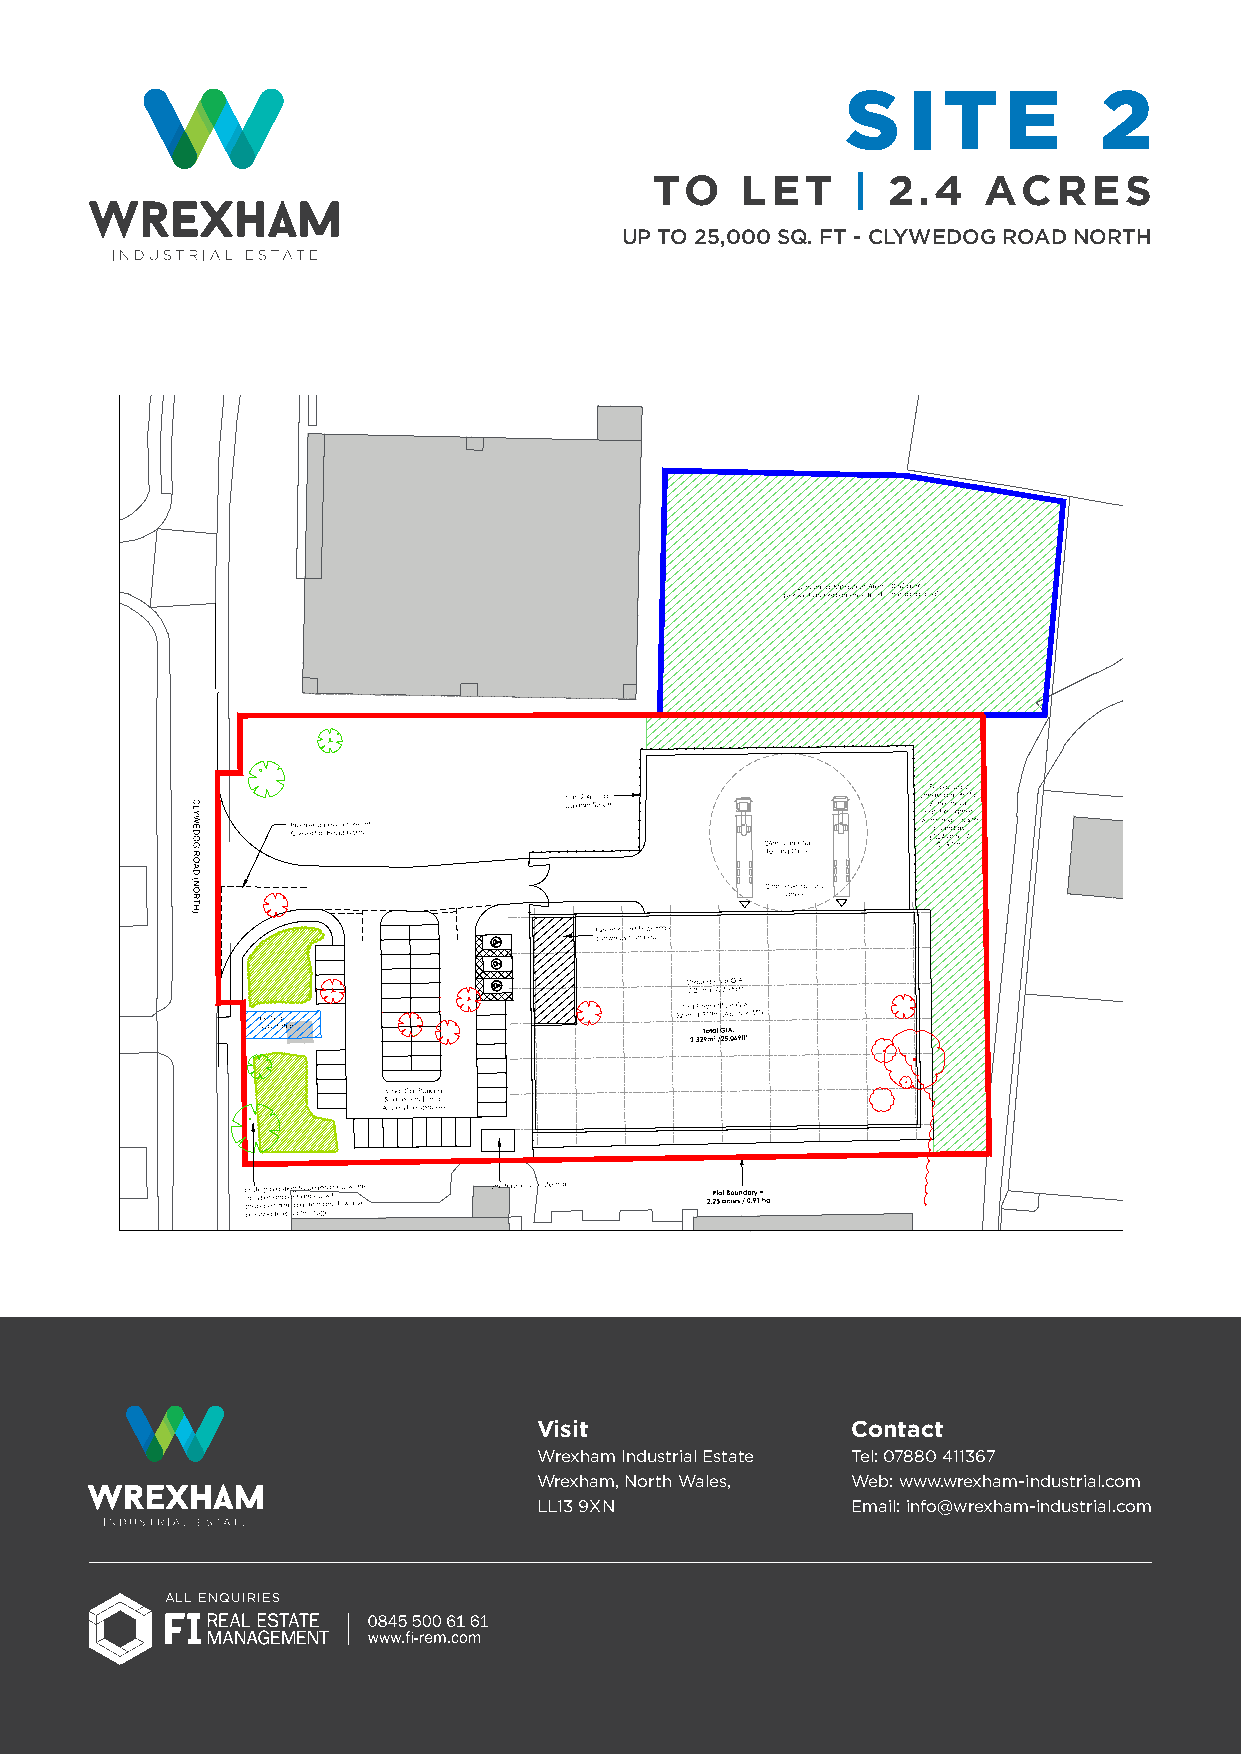
S   I T   E      2
 TO    LET    |  2.4   ACRES
 UP TO 25,000 SQ. FT - CLYWEDOG ROAD NORTH
 NOTES
 All dimensions and levels are to be checked on site.
 aAnnyy wdioscrkr ecpoamnmcieens caeres to be reported to the architect before
 WThoisr kd rtaow fiignugr eshda dll inmoetn bseio nscs aolneldy. to ascertain any dimensions.
 pTheisrm dirsasiwonin gfro smha All EnWot. be reproduced without express written
 p prT eir lt aosle pnd oo su nv sc useeipbrdl pa le u ly i ef sd oi dnrr ga ttoh wa etiln hl arg eecs ma cas .uon rdnaa cobyw leon ree srncsdh aielp ea b dvooisu crsn r.e dApaEarWi ne csc yaa r one fn boat bsee
 RAell gwuolarktiso anrse a tnod b teh eu nladteerstta Bkreitnis hin S atacncdoardrdasn.ce with Building
 aAcll cporordparienctaer yw mitha ttehreia mls aannudf apcrotudruecrst sre acreo mtom been udsaetdio nstsr.ictly in
 CDM 2015
 XX/XX/XXXX
 XXX
 Uhinglehlsigs hntoetded o nb ethloew d, raalwl kinnogw:n hazards have been
 N
 0 5 10 15 20 25m
 Scale 1:500 @ A3
 Existing trees to be removed
 P5 19/11/18 TF DOH
 BAudilddiitniogn paol esitcioonlo mgiocvael md intiograthti oton aavreoaid e rdetgaeindi nbglu setructures.
 P4 13/11/18 TF DOH
 Eoxf isctyincgle s eshrveiclteer i nshfoorwmnation removed. Indicative position
 P3 09/11/18 TF DOH
 Additional green buffer shown subject to confirmation
 P2 06/11/18 TF DOH
 Einxdisitcinagte pdla. nAtdindgit itoon Cally pwlaendtoingg Rsohoawd nN.orth retained
 P1 24/10/19 ES DOH
 Initial Issue REV Date Drawn by: - Checked by: -
 Status Purpose of Issue
 S2 For Approval
 drawing stagePlanning
 client
 FI Real Estate Management Ltd
 project
 Clywedog Road North (Site 2)
 Wrexham
 drawing title
 Proposed Site Plan
 date 24/10/18 drawn ES
 scale@A3 1:500 checked DOH
 Visit               Contact
 Wrexham Industrial Estate Tel: 07880 411367
 Wrexham, North Wales, Web: www.wrexham-industrial.com
 LL13 9XN            Email: info@wrexham-industrial.com
 ALL ENQUIRIES
 veR
 oN boJ
 5P
 3050-A-RD-XX-XX-WEA-32201B